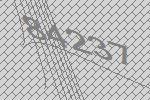
84237